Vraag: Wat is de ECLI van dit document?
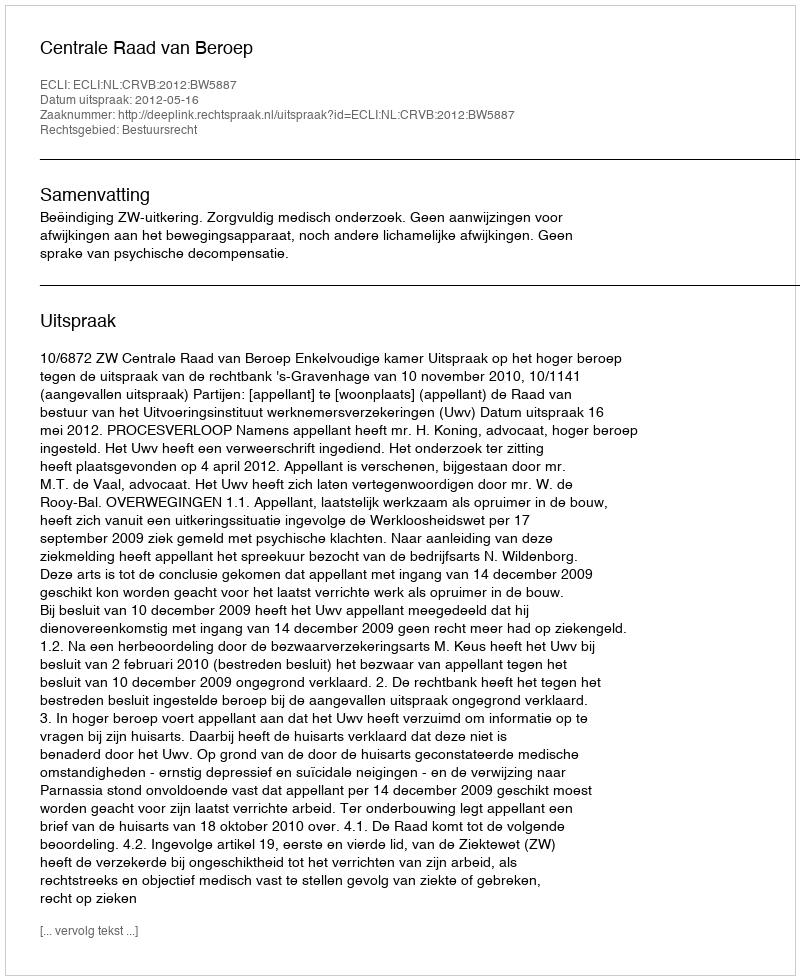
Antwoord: ECLI:NL:CRVB:2012:BW5887